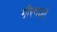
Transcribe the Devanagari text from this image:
गीरमध्ये